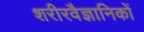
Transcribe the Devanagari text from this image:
शरीरवैज्ञानिकों